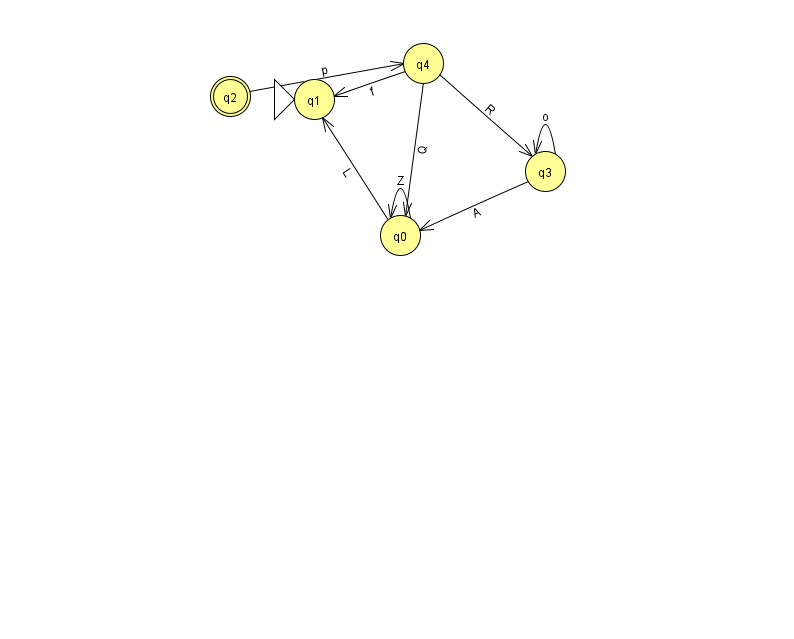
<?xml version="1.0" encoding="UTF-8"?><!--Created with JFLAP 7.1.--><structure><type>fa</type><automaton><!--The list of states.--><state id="0" name="q0"><x>400.0</x><y>222.0</y></state><state id="1" name="q1"><x>314.0</x><y>86.0</y><initial/></state><state id="2" name="q2"><x>230.0</x><y>83.0</y><final/></state><state id="3" name="q3"><x>545.0</x><y>158.0</y></state><state id="4" name="q4"><x>423.0</x><y>50.0</y></state><!--The list of transitions.--><transition><from>4</from><to>3</to><read>R</read></transition><transition><from>4</from><to>0</to><read>Q</read></transition><transition><from>3</from><to>0</to><read>A</read></transition><transition><from>4</from><to>1</to><read>f</read></transition><transition><from>2</from><to>4</to><read>p</read></transition><transition><from>0</from><to>1</to><read>L</read></transition><transition><from>0</from><to>0</to><read>Z</read></transition><transition><from>3</from><to>3</to><read>o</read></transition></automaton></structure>